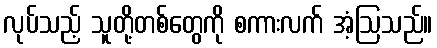
လုပ်သည့် သူတို့တစ်တွေကို စကားလက် အံ့ဩသည်။